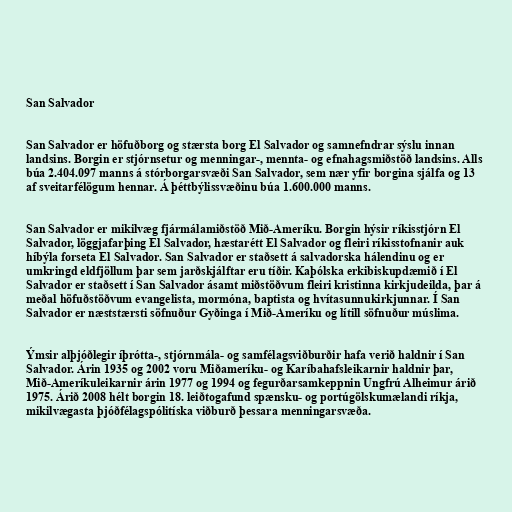
San Salvador

San Salvador er höfuðborg og stærsta borg El Salvador og samnefndrar sýslu innan
landsins. Borgin er stjórnsetur og menningar-, mennta- og efnahagsmiðstöð landsins. Alls
búa 2.404.097 manns á stórborgarsvæði San Salvador, sem nær yfir borgina sjálfa og 13
af sveitarfélögum hennar. Á þéttbýlissvæðinu búa 1.600.000 manns.

San Salvador er mikilvæg fjármálamiðstöð Mið-Ameríku. Borgin hýsir ríkisstjórn El
Salvador, löggjafarþing El Salvador, hæstarétt El Salvador og fleiri ríkisstofnanir auk
híbýla forseta El Salvador. San Salvador er staðsett á salvadorska hálendinu og er
umkringd eldfjöllum þar sem jarðskjálftar eru tíðir. Kaþólska erkibiskupdæmið í El
Salvador er staðsett í San Salvador ásamt miðstöðvum fleiri kristinna kirkjudeilda, þar á
meðal höfuðstöðvum evangelista, mormóna, baptista og hvítasunnukirkjunnar. Í San
Salvador er næststærsti söfnuður Gyðinga í Mið-Ameríku og lítill söfnuður múslima.

Ýmsir alþjóðlegir íþrótta-, stjórnmála- og samfélagsviðburðir hafa verið haldnir í San
Salvador. Árin 1935 og 2002 voru Miðameríku- og Karíbahafsleikarnir haldnir þar,
Mið-Ameríkuleikarnir árin 1977 og 1994 og fegurðarsamkeppnin Ungfrú Alheimur árið
1975. Árið 2008 hélt borgin 18. leiðtogafund spænsku- og portúgölskumælandi ríkja,
mikilvægasta þjóðfélagspólitíska viðburð þessara menningarsvæða.